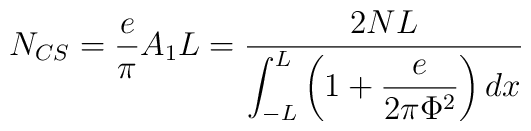
N_{CS} = \frac{e}{\pi} A_1 L  = \frac{2NL}{\displaystyle \int^L_{-L}\left(\displaystyle 1  +\frac{e}{2\pi\Phi^2}\right) dx}